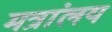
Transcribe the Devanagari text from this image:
मत्रांलय